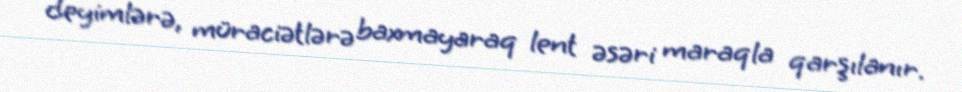
deyimlərə, müraciətlərə baxmayaraq lent əsəri maraqla qarşılanır.